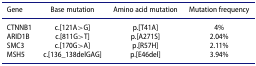
<table><thead><tr><td><b>Gene</b></td><td><b>Base mutation</b></td><td><b>Amino acid mutation</b></td><td><b>Mutation frequency</b></td></tr></thead><tbody><tr><td>CTNNB1</td><td>c.[121A&gt;G]</td><td>p.[T41A]</td><td>4%</td></tr><tr><td>ARID1B</td><td>c.[811G&gt;T]</td><td>p.[A271S]</td><td>2.04%</td></tr><tr><td>SMC3</td><td>c.[170G&gt;A]</td><td>p.[R57H]</td><td>2.11%</td></tr><tr><td>MSH5</td><td>c.[136_138delGAG]</td><td>p.[E46del]</td><td>3.94%</td></tr></tbody></table>